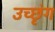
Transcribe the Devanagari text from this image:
उच्छृंग